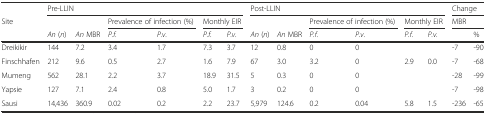
<table><thead><tr><td>[EMPTY_CELL]</td><td colspan="6"><b>Pre-LLIN</b></td><td colspan="6"><b>Post-LLIN</b></td><td colspan="2"><b>Change</b></td></tr><tr><td><b>Site</b></td><td>[EMPTY_CELL]</td><td>[EMPTY_CELL]</td><td colspan="2"><b>Prevalence of infection (%)</b></td><td colspan="2"><b>Monthly EIR</b></td><td>[EMPTY_CELL]</td><td>[EMPTY_CELL]</td><td colspan="2"><b>Prevalence of infection (%)</b></td><td colspan="2"><b>Monthly EIR</b></td><td colspan="2"><b>MBR</b></td></tr><tr><td>[EMPTY_CELL]</td><td><b><i>An</i> (<i>n</i>)</b></td><td><b><i>An</i> MBR</b></td><td><b><i>P.f.</i></b></td><td><b><i>P.v.</i></b></td><td><b><i>P.f.</i></b></td><td><b><i>P.v.</i></b></td><td><b><i>An</i> (<i>n</i>)</b></td><td><b><i>An</i> MBR</b></td><td><b><i>P.f.</i></b></td><td><b><i>P.v.</i></b></td><td><b><i>P.f.</i></b></td><td><b><i>P.v.</i></b></td><td>[EMPTY_CELL]</td><td><b>%</b></td></tr></thead><tbody><tr><td>Dreikikir</td><td>144</td><td>7.2</td><td>3.4</td><td>1.7</td><td>7.3</td><td>3.7</td><td>12</td><td>0.8</td><td>0</td><td>0</td><td>[EMPTY_CELL]</td><td>[EMPTY_CELL]</td><td>-7</td><td>-90</td></tr><tr><td>Finschhafen</td><td>212</td><td>9.6</td><td>0.5</td><td>2.7</td><td>1.6</td><td>7.9</td><td>67</td><td>3.0</td><td>3.2</td><td>0</td><td>2.9</td><td>0.0</td><td>-7</td><td>-68</td></tr><tr><td>Mumeng</td><td>562</td><td>28.1</td><td>2.2</td><td>3.7</td><td>18.9</td><td>31.5</td><td>5</td><td>0.3</td><td>0</td><td>0</td><td>[EMPTY_CELL]</td><td>[EMPTY_CELL]</td><td>-28</td><td>-99</td></tr><tr><td>Yapsie</td><td>127</td><td>7.1</td><td>2.4</td><td>0.8</td><td>5.0</td><td>1.7</td><td>3</td><td>0.2</td><td>0</td><td>0</td><td>[EMPTY_CELL]</td><td>[EMPTY_CELL]</td><td>-7</td><td>-98</td></tr><tr><td>Sausi</td><td>14,436</td><td>360.9</td><td>0.02</td><td>0.2</td><td>2.2</td><td>23.7</td><td>5,979</td><td>124.6</td><td>0.2</td><td>0.04</td><td>5.8</td><td>1.5</td><td>-236</td><td>-65</td></tr></tbody></table>